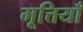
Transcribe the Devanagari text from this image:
मूत्तियाँ